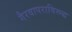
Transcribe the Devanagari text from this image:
गैरवापराविरूद्ध